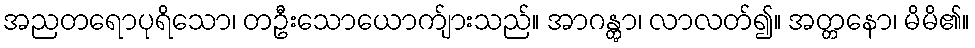
အညတရောပုရိသော၊ တဦးသောယောက်ျားသည်။ အာဂန္တွာ၊ လာလတ်၍။ အတ္တနော၊ မိမိ၏။